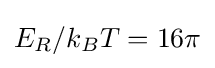
E_{R}/k_{B}T=16\pi